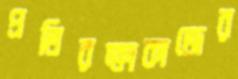
প্রতিরক্ষাকাজের